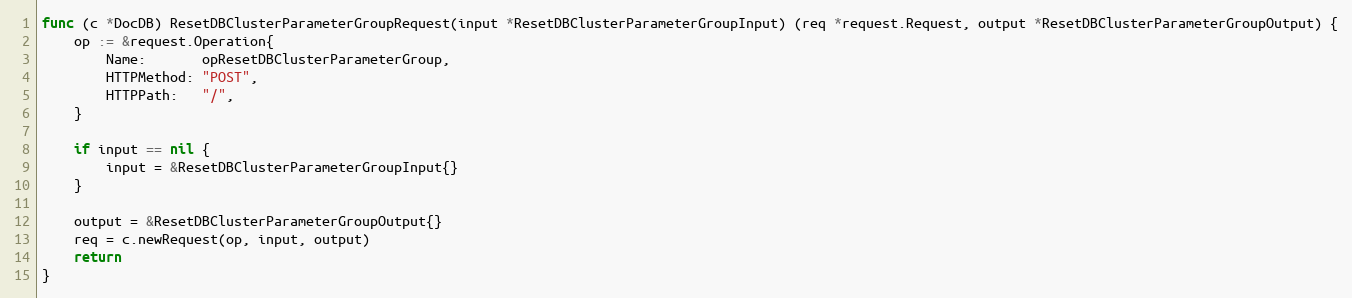
Language: Go
func (c *DocDB) ResetDBClusterParameterGroupRequest(input *ResetDBClusterParameterGroupInput) (req *request.Request, output *ResetDBClusterParameterGroupOutput) {
	op := &request.Operation{
		Name:       opResetDBClusterParameterGroup,
		HTTPMethod: "POST",
		HTTPPath:   "/",
	}

	if input == nil {
		input = &ResetDBClusterParameterGroupInput{}
	}

	output = &ResetDBClusterParameterGroupOutput{}
	req = c.newRequest(op, input, output)
	return
}